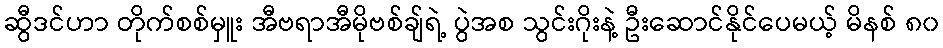
ဆွီဒင်ဟာ တိုက်စစ်မှူး အီဗရာအီမိုဗစ်ချ်ရဲ့ ပွဲအစ သွင်းဂိုးနဲ့ ဦးဆောင်နိုင်ပေမယ့် မိနစ် ၈၀